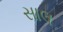
સાલ